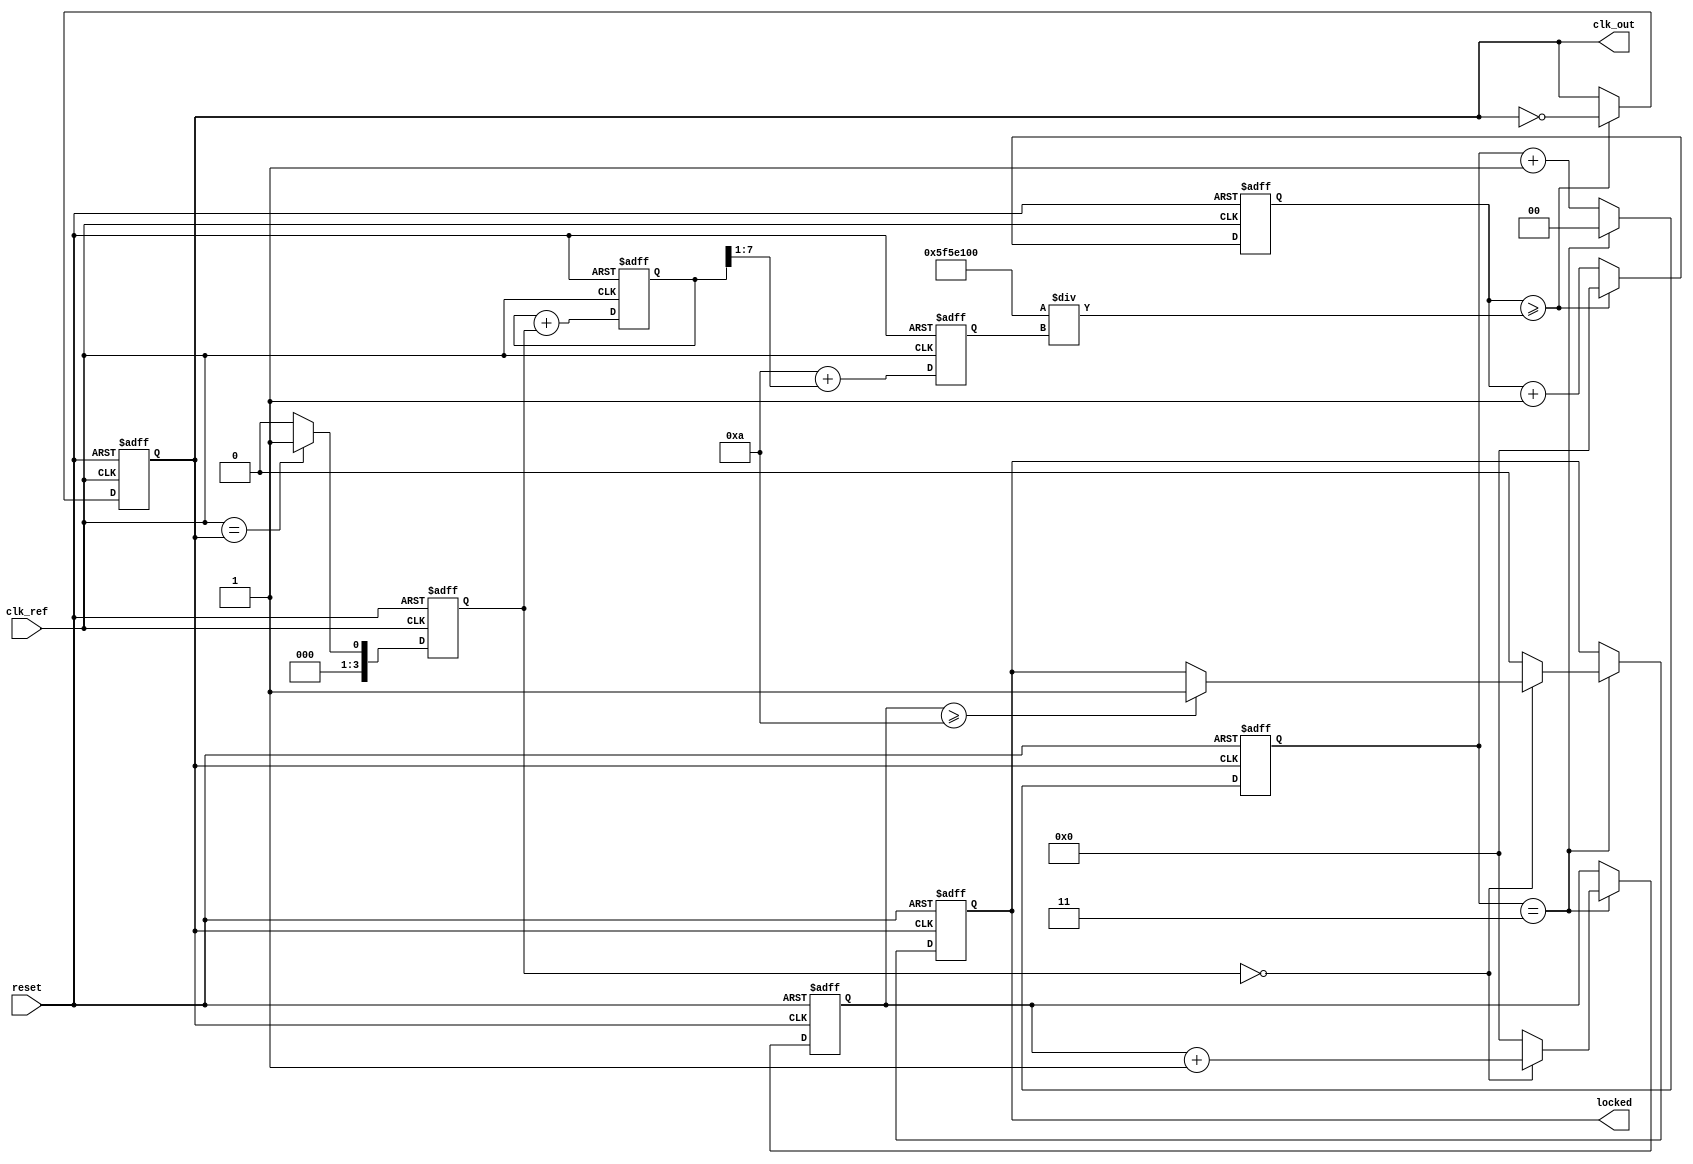
module low_jitter_pll (
    input wire clk_ref,          // Reference clock input
    input wire reset,            // Asynchronous reset
    output reg clk_out,          // PLL output clock
    output reg locked            // Lock status output
);

    // Parameters
    parameter DIV_FACTOR = 4;    // Divider factor for feedback
    parameter VCO_MAX_FREQ = 100; // Max VCO frequency in MHz
    parameter VCO_MIN_FREQ = 10;  // Min VCO frequency in MHz

    // Internal signals
    reg [3:0] phase_error;        // Phase error from PD
    reg [7:0] control_voltage;     // Control voltage for VCO
    reg [7:0] vco_freq;            // VCO frequency
    reg [31:0] counter;            // Counter for clock generation
    reg [31:0] lock_counter;       // Lock detection counter

    // Phase Detector (PD)
    always @(posedge clk_ref or posedge reset) begin
        if (reset) begin
            phase_error <= 0;
        end else begin
            // Simple phase error detection logic
            // This is a placeholder for a more complex PD implementation
            phase_error <= (clk_ref == clk_out) ? 1 : 0; // Example logic
        end
    end

    // Loop Filter (LF)
    always @(posedge clk_ref or posedge reset) begin
        if (reset) begin
            control_voltage <= 0;
        end else begin
            // Simple first-order filter
            control_voltage <= control_voltage + phase_error; // Integrate phase error
        end
    end

    // Voltage-Controlled Oscillator (VCO)
    always @(posedge clk_ref or posedge reset) begin
        if (reset) begin
            vco_freq <= VCO_MIN_FREQ;
            clk_out <= 0;
            counter <= 0;
        end else begin
            // Adjust VCO frequency based on control voltage
            vco_freq <= VCO_MIN_FREQ + (control_voltage >> 1); // Example scaling
            if (counter >= (100_000_000 / vco_freq)) begin // Assuming clk_ref is 100MHz
                clk_out <= ~clk_out; // Toggle output clock
                counter <= 0;
            end else begin
                counter <= counter + 1;
            end
        end
    end

    // Feedback Divider
    reg [1:0] div_counter; // Divider counter
    always @(posedge clk_out or posedge reset) begin
        if (reset) begin
            div_counter <= 0;
            locked <= 0;
            lock_counter <= 0;
        end else begin
            if (div_counter == DIV_FACTOR - 1) begin
                div_counter <= 0;
                // Check lock condition (simple example)
                if (phase_error == 0) begin
                    lock_counter <= lock_counter + 1;
                    if (lock_counter >= 10) // Lock after 10 cycles of no error
                        locked <= 1;
                end else begin
                    lock_counter <= 0;
                    locked <= 0;
                end
            end else begin
                div_counter <= div_counter + 1;
            end
        end
    end

endmodule